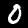
Digit: 0